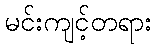
မင်းကျင့်တရား